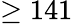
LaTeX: \geq 141